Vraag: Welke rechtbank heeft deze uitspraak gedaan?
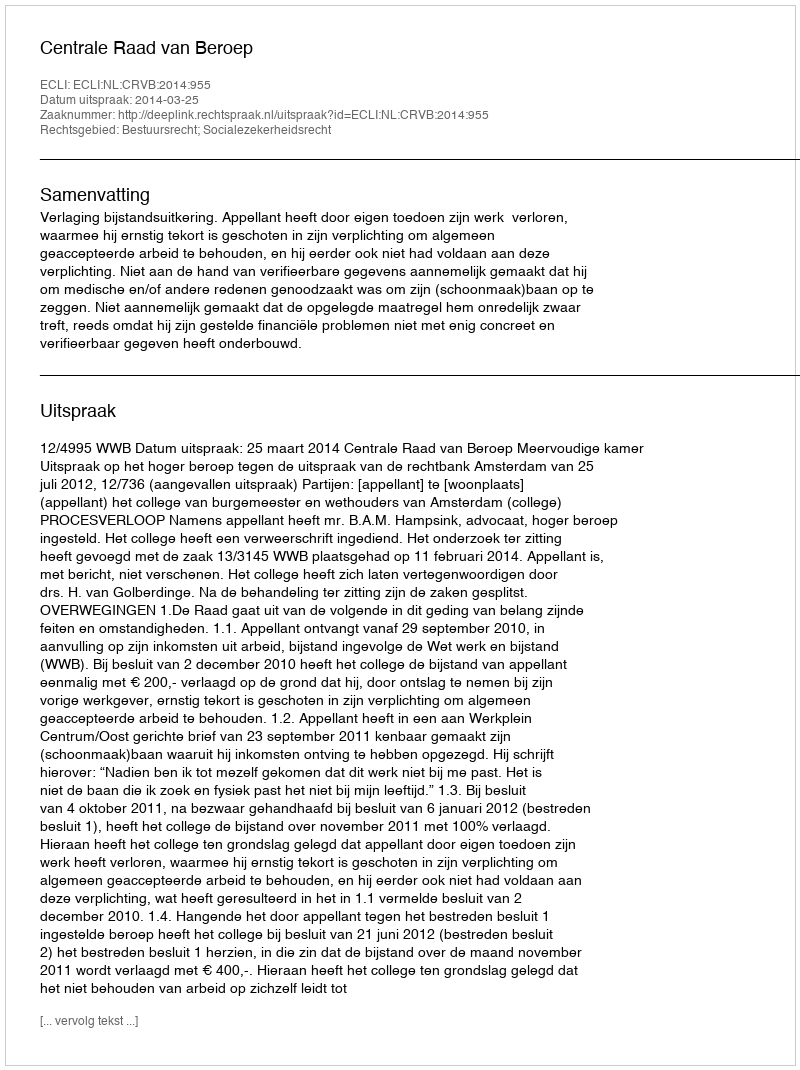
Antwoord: Centrale Raad van Beroep